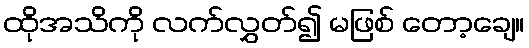
ထိုအသိကို လက်လွှတ်၍ မဖြစ် တော့ချေ။